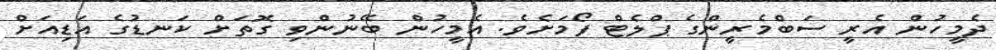
ދެމީހުން އެރީ ސަބްމެރީންގެ ޕްލެޓް ފޯމަށެވެ. އެމީހުން ބޭނުންވި ގޮތަށް ކަނޑުގެ އަޑިއަށް